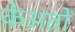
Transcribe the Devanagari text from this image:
केअतों